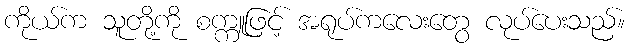
ကိုယ်က သူတို့ကို စက္ကူဖြင့် အရုပ်ကလေးတွေ လုပ်ပေးသည်။